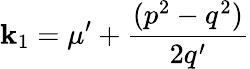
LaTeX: \mathbf{k}_{1}=\mu^{\prime}+\frac{{(p^{2}-q^{2})}}{{2q^{\prime}}}